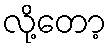
လို့တော့